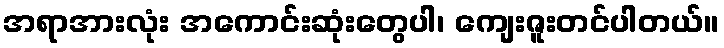
အရာအားလုံး အကောင်းဆုံးတွေပါ၊ ကျေးဇူးတင်ပါတယ်။